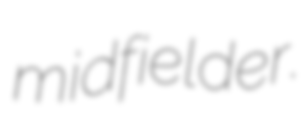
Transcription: midfielder.